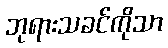
ဘုရားသခင်ကိုသာ